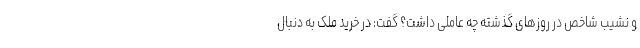
و نشیب شاخص در روزهای گذشته چه عاملی داشت؟ گفت: در خرید ملک به دنبال